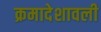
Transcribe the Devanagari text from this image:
क्रमादेशावली